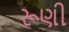
રૂણી